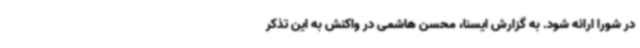
در شورا ارائه شود. به گزارش ایسنا، محسن هاشمی در واکنش به این تذکر